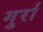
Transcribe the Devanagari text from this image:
गुर्रा